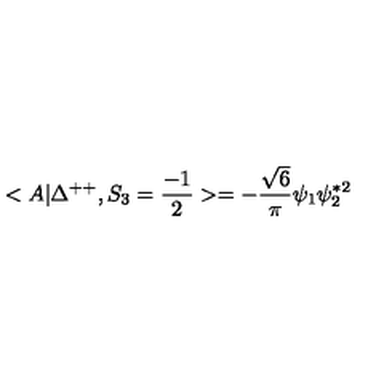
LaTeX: < A | \Delta ^ { + + } , S _ { 3 } = \frac { - 1 } { 2 } > = - \frac { \sqrt { 6 } } { \pi } \psi _ { 1 } \psi _ { 2 } ^ { * 2 }